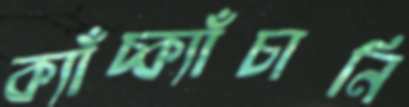
ক্যাঁচ্‌ক্যাঁচানি